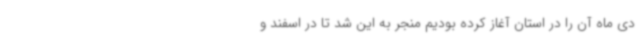
دی ماه آن را در استان آغاز کرده بودیم منجر به این شد تا در اسفند و